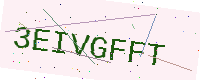
Text: 3EIVGFFT